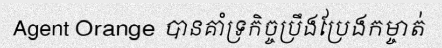
Agent Orange បានគាំទ្រកិច្ចប្រឹងប្រែងកម្ចាត់